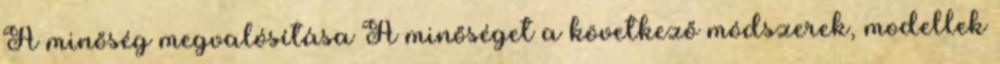
A minőség megvalósítása A minőséget a következő módszerek, modellek